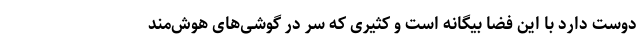
دوست دارد با این فضا بیگانه است و کثیری که سر در گوشی‌های هوش‌مند